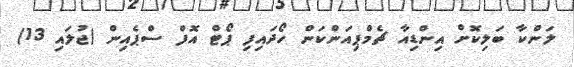
ލަންކާ ބަލިކޮށް އިންޑިއާ ޗެމްޕިއަންކަން ހޯދައިފި ޕޯޓް އޮފް ސްޕެއިން (ޖުލައި 13)